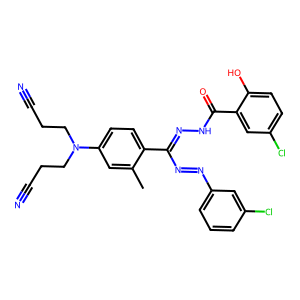
SMILES: Cc1cc(N(CCC#N)CCC#N)ccc1C(N=Nc1cccc(Cl)c1)=NNC(=O)c1cc(Cl)ccc1O
Inhibits HIV replication: No